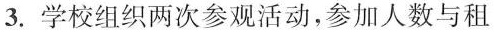
3. 学校组织两次参观活动，参加人数与租